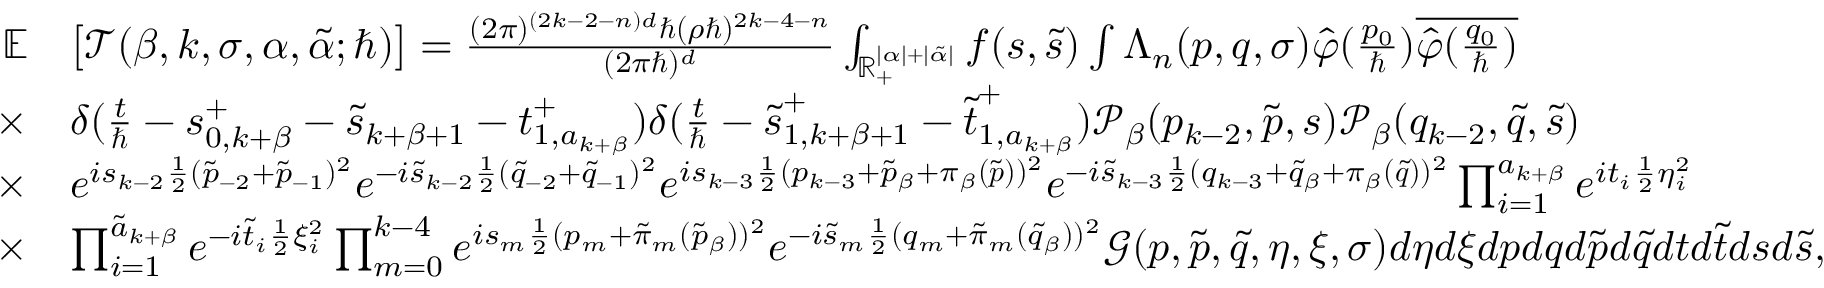
\begin{array} { r l } { \mathbb { E } } & { \big [ \mathcal { T } ( \beta , k , \sigma , \alpha , \tilde { \alpha } ; \hbar ) \big ] = \frac { ( 2 \pi ) ^ { ( 2 k - 2 - n ) d } \hbar ( \rho \hbar ) ^ { 2 k - 4 - n } } { ( 2 \pi \hbar ) ^ { d } } \int _ { \mathbb { R } _ { + } ^ { | \alpha | + | \tilde { \alpha } | } } f ( \boldsymbol { s } , \boldsymbol { \tilde { s } } ) \int \Lambda _ { n } ( \boldsymbol { p } , \boldsymbol { q } , \sigma ) \hat { \varphi } ( \frac { p _ { 0 } } { \hbar } ) \overline { { \hat { \varphi } ( \frac { q _ { 0 } } { \hbar } ) } } } \\ { \times } & { \delta ( \frac { t } { \hbar } - \boldsymbol { s } _ { 0 , k + \beta } ^ { + } - \tilde { s } _ { k + \beta + 1 } - \boldsymbol { t } _ { 1 , a _ { k + \beta } } ^ { + } ) \delta ( \frac { t } { \hbar } - \boldsymbol { \tilde { s } } _ { 1 , k + \beta + 1 } ^ { + } - \boldsymbol { \tilde { t } } _ { 1 , a _ { k + \beta } } ^ { + } ) \mathcal { P } _ { \beta } ( p _ { k - 2 } , \boldsymbol { \tilde { p } } , \boldsymbol { s } ) \mathcal { P } _ { \beta } ( q _ { k - 2 } , \boldsymbol { \tilde { q } } , \boldsymbol { \tilde { s } } ) } \\ { \times } & { e ^ { i s _ { k - 2 } \frac { 1 } { 2 } ( \tilde { p } _ { - 2 } + \tilde { p } _ { - 1 } ) ^ { 2 } } e ^ { - i \tilde { s } _ { k - 2 } \frac { 1 } { 2 } ( \tilde { q } _ { - 2 } + \tilde { q } _ { - 1 } ) ^ { 2 } } e ^ { i s _ { k - 3 } \frac { 1 } { 2 } ( p _ { k - 3 } + \tilde { p } _ { \beta } + \pi _ { \beta } ( \boldsymbol { \tilde { p } } ) ) ^ { 2 } } e ^ { - i \tilde { s } _ { k - 3 } \frac { 1 } { 2 } ( q _ { k - 3 } + \tilde { q } _ { \beta } + \pi _ { \beta } ( \boldsymbol { \tilde { q } } ) ) ^ { 2 } } \prod _ { i = 1 } ^ { a _ { k + \beta } } e ^ { i t _ { i } \frac { 1 } { 2 } \eta _ { i } ^ { 2 } } } \\ { \times } & { \prod _ { i = 1 } ^ { \tilde { a } _ { k + \beta } } e ^ { - i \tilde { t } _ { i } \frac { 1 } { 2 } \xi _ { i } ^ { 2 } } \prod _ { m = 0 } ^ { k - 4 } e ^ { i s _ { m } \frac { 1 } { 2 } ( p _ { m } + \tilde { \pi } _ { m } ( \tilde { p } _ { \beta } ) ) ^ { 2 } } e ^ { - i \tilde { s } _ { m } \frac { 1 } { 2 } ( q _ { m } + \tilde { \pi } _ { m } ( \tilde { q } _ { \beta } ) ) ^ { 2 } } \mathcal { G } ( \boldsymbol { p } , \boldsymbol { \tilde { p } } , \boldsymbol { \tilde { q } } , \boldsymbol { \eta } , \boldsymbol { \xi } , \sigma ) d \boldsymbol { \eta } d \boldsymbol { \xi } d \boldsymbol { p } d \boldsymbol { q } d \boldsymbol { \tilde { p } } d \boldsymbol { \tilde { q } } d \boldsymbol { t } d \boldsymbol { \tilde { t } } d \boldsymbol { s } d \boldsymbol { \tilde { s } } , } \end{array}